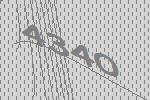
4340